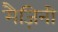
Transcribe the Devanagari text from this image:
मैज़िनी